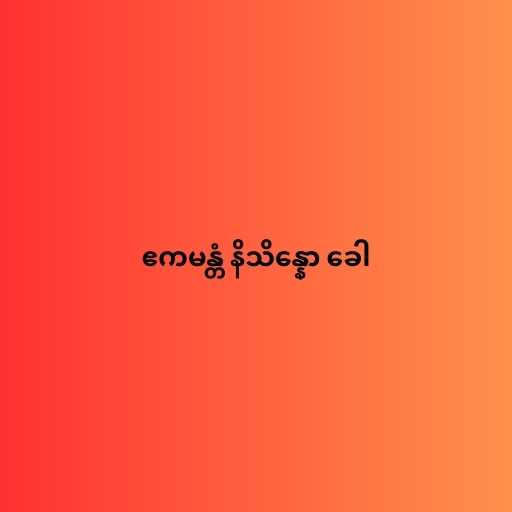
ဧကမန္တံ နိသိန္နော ခေါ